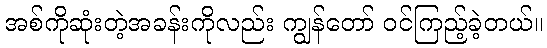
အစ်ကိုဆုံးတဲ့အခန်းကိုလည်း ကျွန်တော် ဝင်ကြည့်ခဲ့တယ်။